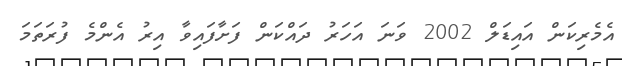
އެމެރިކަން އައިޑަލް 2002 ވަނަ އަހަރު ދައްކަން ފަށާފައިވާ އިރު އެންމެ ފުރަތަމަ